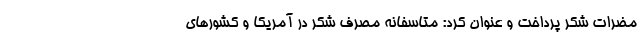
مضرات شکر پرداخت و عنوان کرد: متاسفانه مصرف شکر در آمریکا و کشورهای